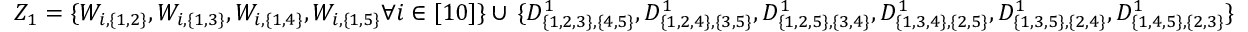
{ Z _ { 1 } = \{ W _ { i , \{ 1 , 2 \} } , W _ { i , \{ 1 , 3 \} } , W _ { i , \{ 1 , 4 \} } , W _ { i , \{ 1 , 5 \} } \forall i \in [ 1 0 ] \} } \cup \, { \{ D _ { \{ 1 , 2 , 3 \} , \{ 4 , 5 \} } ^ { 1 } , D _ { \{ 1 , 2 , 4 \} , \{ 3 , 5 \} } ^ { 1 } , D _ { \{ 1 , 2 , 5 \} , \{ 3 , 4 \} } ^ { 1 } , D _ { \{ 1 , 3 , 4 \} , \{ 2 , 5 \} } ^ { 1 } , D _ { \{ 1 , 3 , 5 \} , \{ 2 , 4 \} } ^ { 1 } , D _ { \{ 1 , 4 , 5 \} , \{ 2 , 3 \} } ^ { 1 } \} }